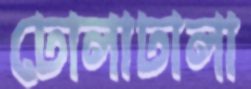
ঢোলাঢালা